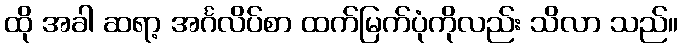
ထို အခါ ဆရာ့ အင်္ဂလိပ်စာ ထက်မြက်ပုံကိုလည်း သိလာ သည်။